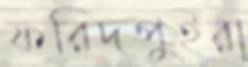
ফরিদপুইরা